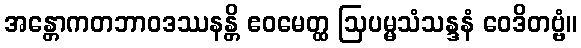
အန္တောကတဘာဝဒဿနန္တိ ဧဝမေတ္ထ ဩပမ္မသံသန္ဒနံ ဝေဒိတဗ္ဗံ။